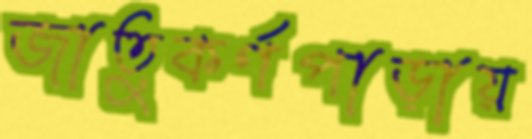
জাতুকর্ণপাড়ায়